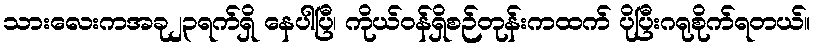
သားလေးကအခု၂၃ရက်ရှိ နေပါပြီ၊ ကိုယ်ဝန်ရှိစဉ်တုန်းကထက် ပိုပြီးဂရုစိုက်ရတယ်။